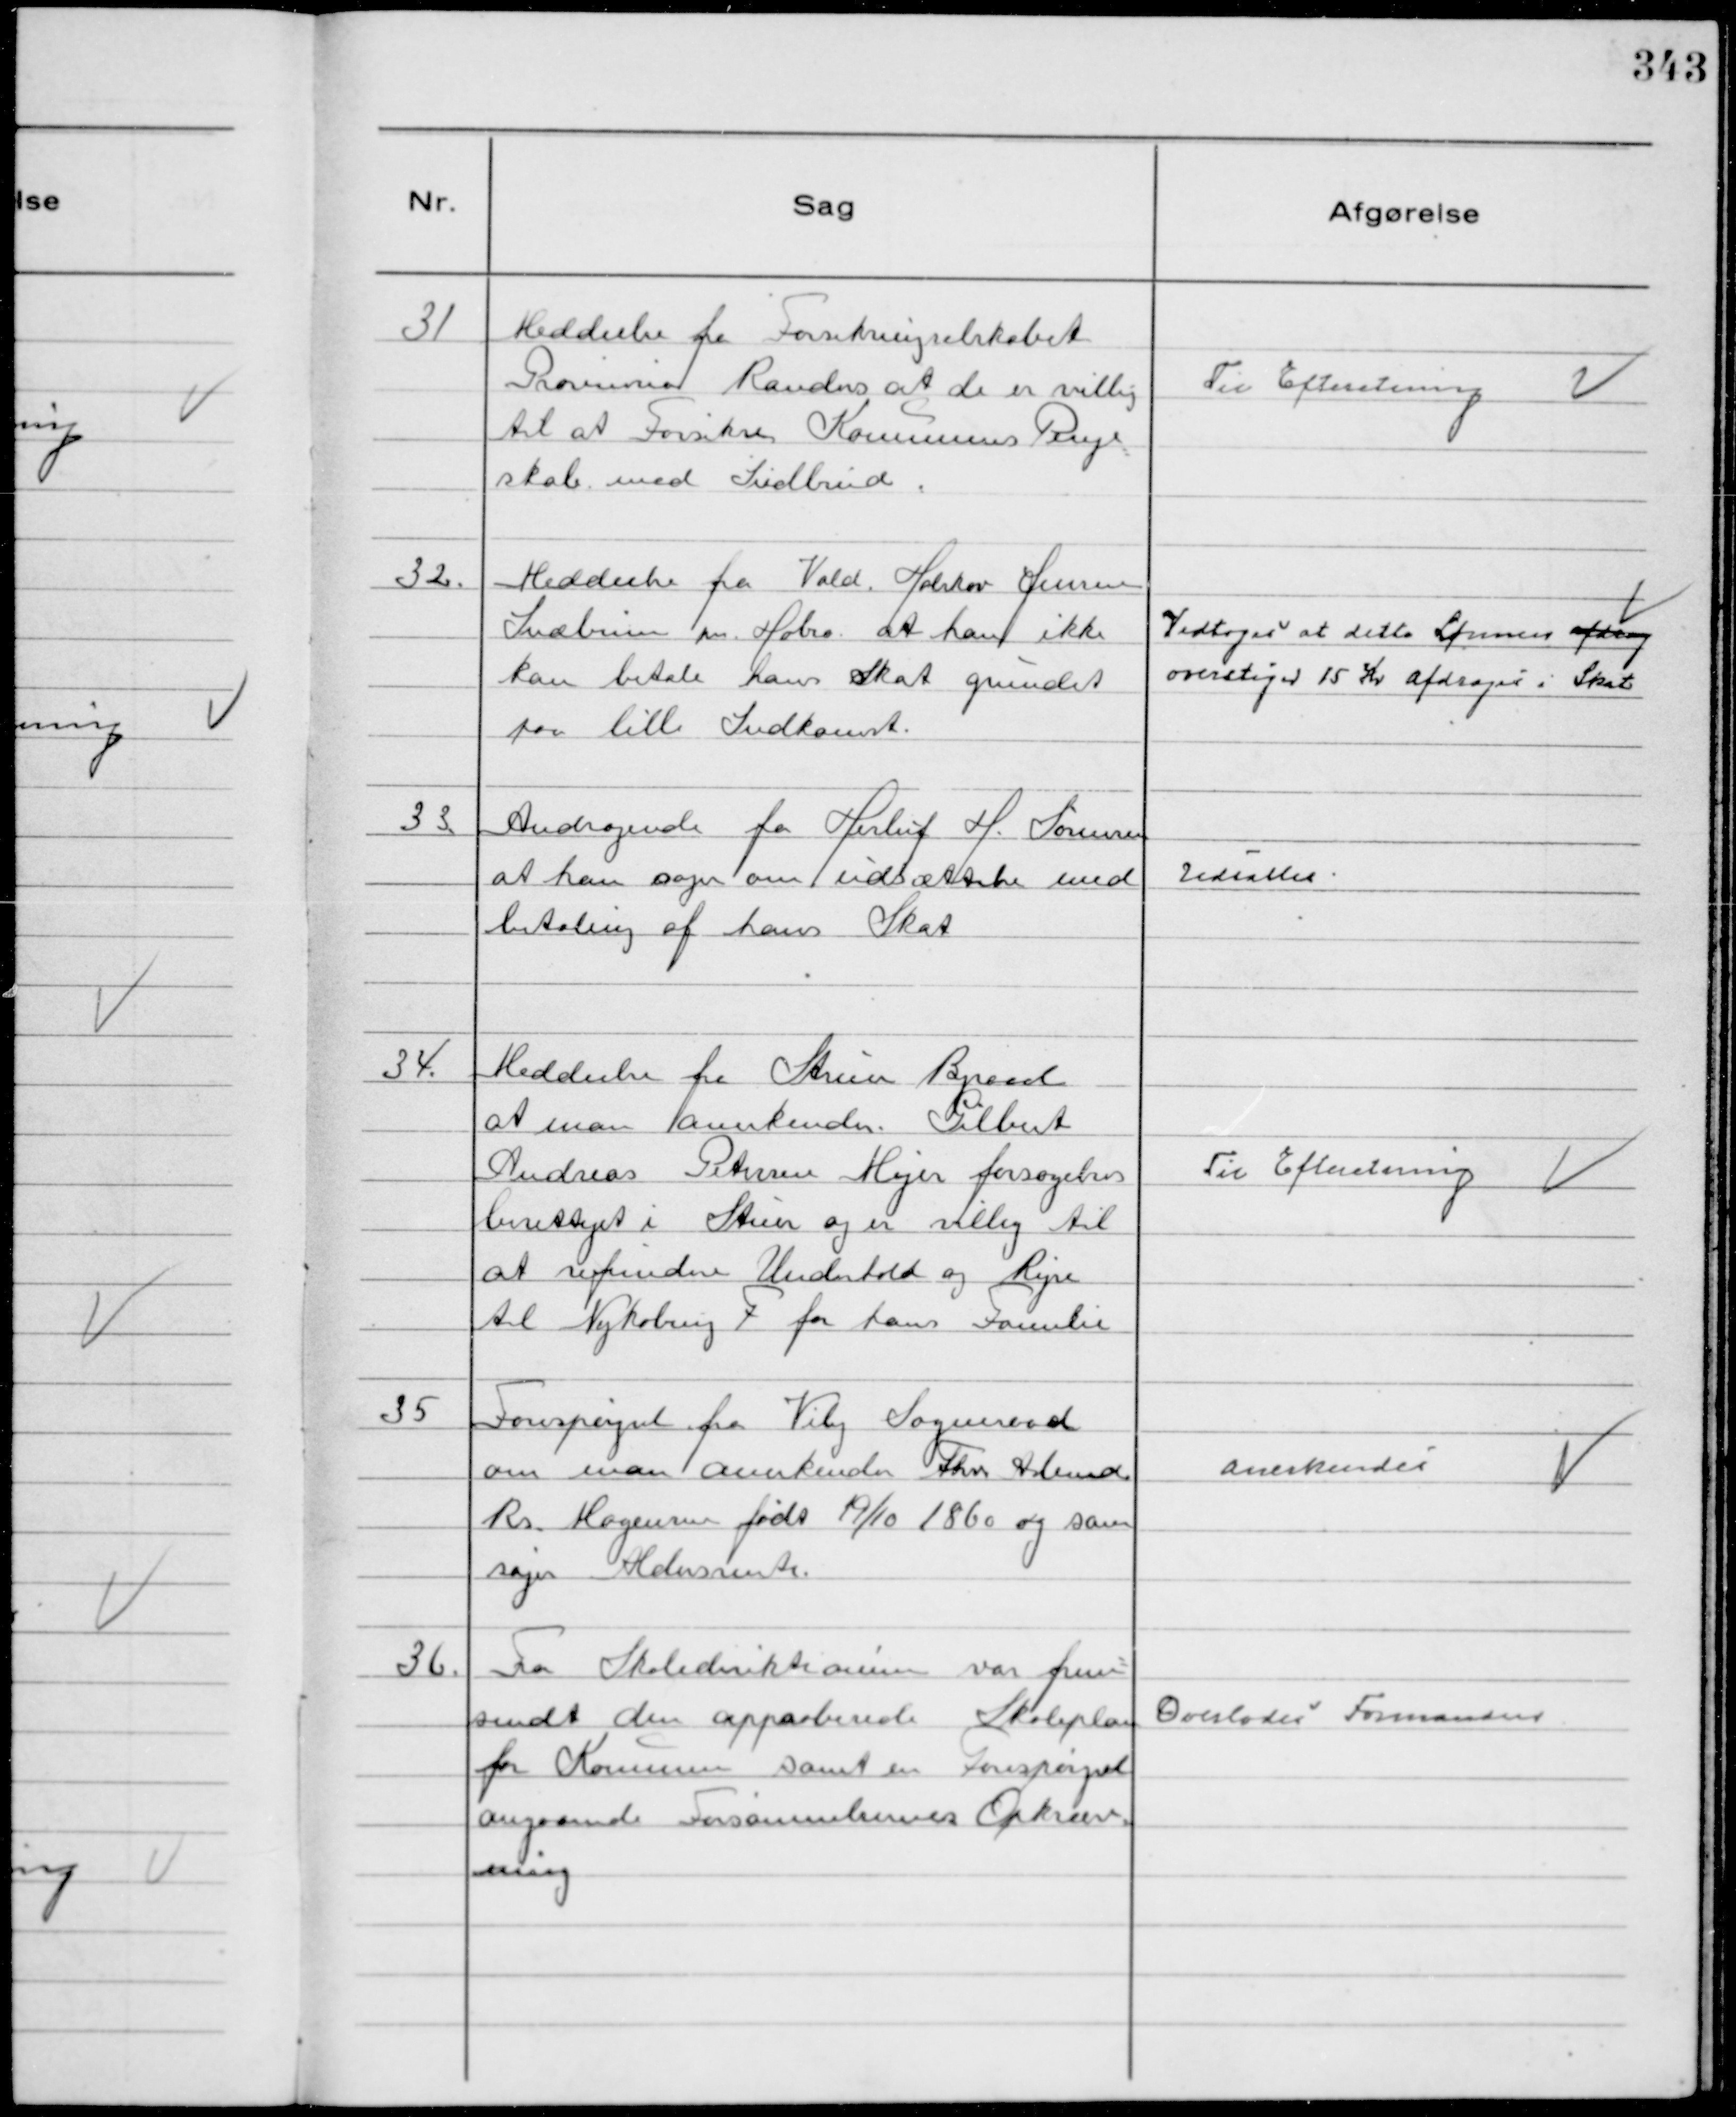
Transskription:
31
Meddeelse fra Forsikringsselskabet
Provinsia Randers at de er villig
til at Forsikre Kommunens Penge
skab mod Indbrud.

Til Efteretning

32.
Meddeelse fra Vald. Halskov Jensen
Snæbum pr. Hobro at han ikke
kan betale hans Skat grundet
paa lille Indkomst.

Vedtoges at dette Lønnen afdrag
overstiger 15 Kr afdrages i Skat

33.
Andragende fra Herluf H. Sørensen
at han søger om udsættelse med
betaling af hans Skat

Udsattes

34.
Meddeelse fra Struer Byraad
at man anerkender Gilbert
Andreas Petersen Mejer Forsørgelses
berettiget i Struer og er villig til
at refundere Underhold og Rejse
til Nykøbing F for hans Familie

Til Efteretning

35
Forespørgsel fra Viby Sogneraad
om man anerkender Fhv. Abmd.
Rs. Mogensen født 19/10 1860 og som
søger Aldersrente.

Anerkendes

36.
Fra Skoledirektionen var frem-
sendt den apparberede Skoleplan
for Kommunen samt en Forespørgsel
angaaende Forsømmelsernes Opkræv-
ning

Overlodes Formanden